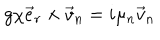
g \chi \vec { e } _ { r } \times \vec { v } _ { n } = i \mu _ { n } \vec { v } _ { n }